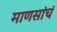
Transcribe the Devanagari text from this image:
माणसांचं